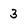
Character: 3